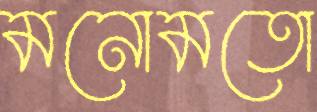
মনোমতো